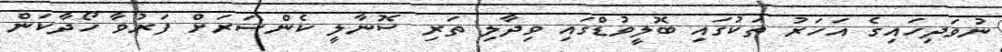
ނުވަދިހައިގެ އަހަރު ތަކުގައި ބޮލީވުޑްގައި ވިދާލި ތަރި ސޮނާލީ ކެންސަރަށް ފަރުވާ ހޯދާކަން